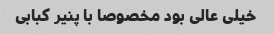
خیلی عالی بود مخصوصا با پنیر کبابی